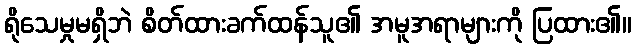
ရိုသေမှုမရှိဘဲ စိတ်ထားခက်ထန်သူ၏ အမူအရာများကို ပြထား၏။